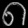
Digit: ၈